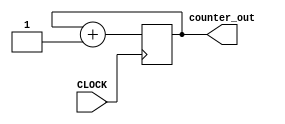
module simple_counter(
    CLOCK,
    counter_out,
);
input CLOCK;
output [31:0] counter_out;   //This is the 4-bit counter
reg [31:0] counter_out;

always @(posedge CLOCK) begin   // on positive clock edge
    counter_out <= counter_out + 1;     //increment counter
    
end
endmodule // simple_counter